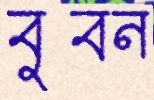
বুবন